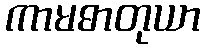
ကာမဓာတုယာ